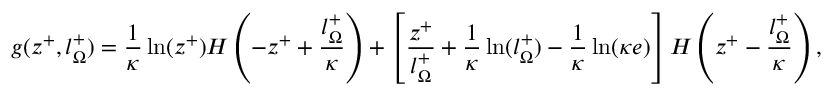
g ( z ^ { + } , l _ { \Omega } ^ { + } ) = \frac { 1 } { \kappa } \ln ( z ^ { + } ) H \left( - z ^ { + } + \frac { l _ { \Omega } ^ { + } } { \kappa } \right) + \left[ \frac { z ^ { + } } { l _ { \Omega } ^ { + } } + \frac { 1 } { \kappa } \ln ( l _ { \Omega } ^ { + } ) - \frac { 1 } { \kappa } \ln ( \kappa e ) \right] H \left( z ^ { + } - \frac { l _ { \Omega } ^ { + } } { \kappa } \right) ,